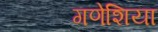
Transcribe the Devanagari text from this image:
गणेशिया